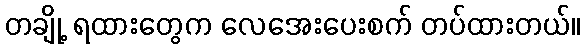
တချို့ ရထားတွေက လေအေးပေးစက် တပ်ထားတယ်။